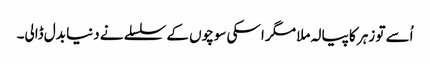
اُسے تو زہر کا پیالہ ملا مگر اسکی سوچوں کے سلسلے نے دنیا بدل ڈالی۔